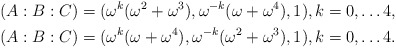
\begin{align*}(A:B:C) &= (\omega^k (\omega^2+\omega^3),\omega^{-k}(\omega+\omega^4),1),k=0,\ldots 4,\\(A:B:C) &= (\omega^k (\omega+\omega^4),\omega^{-k}(\omega^2+\omega^3),1),k=0,\ldots 4.\end{align*}